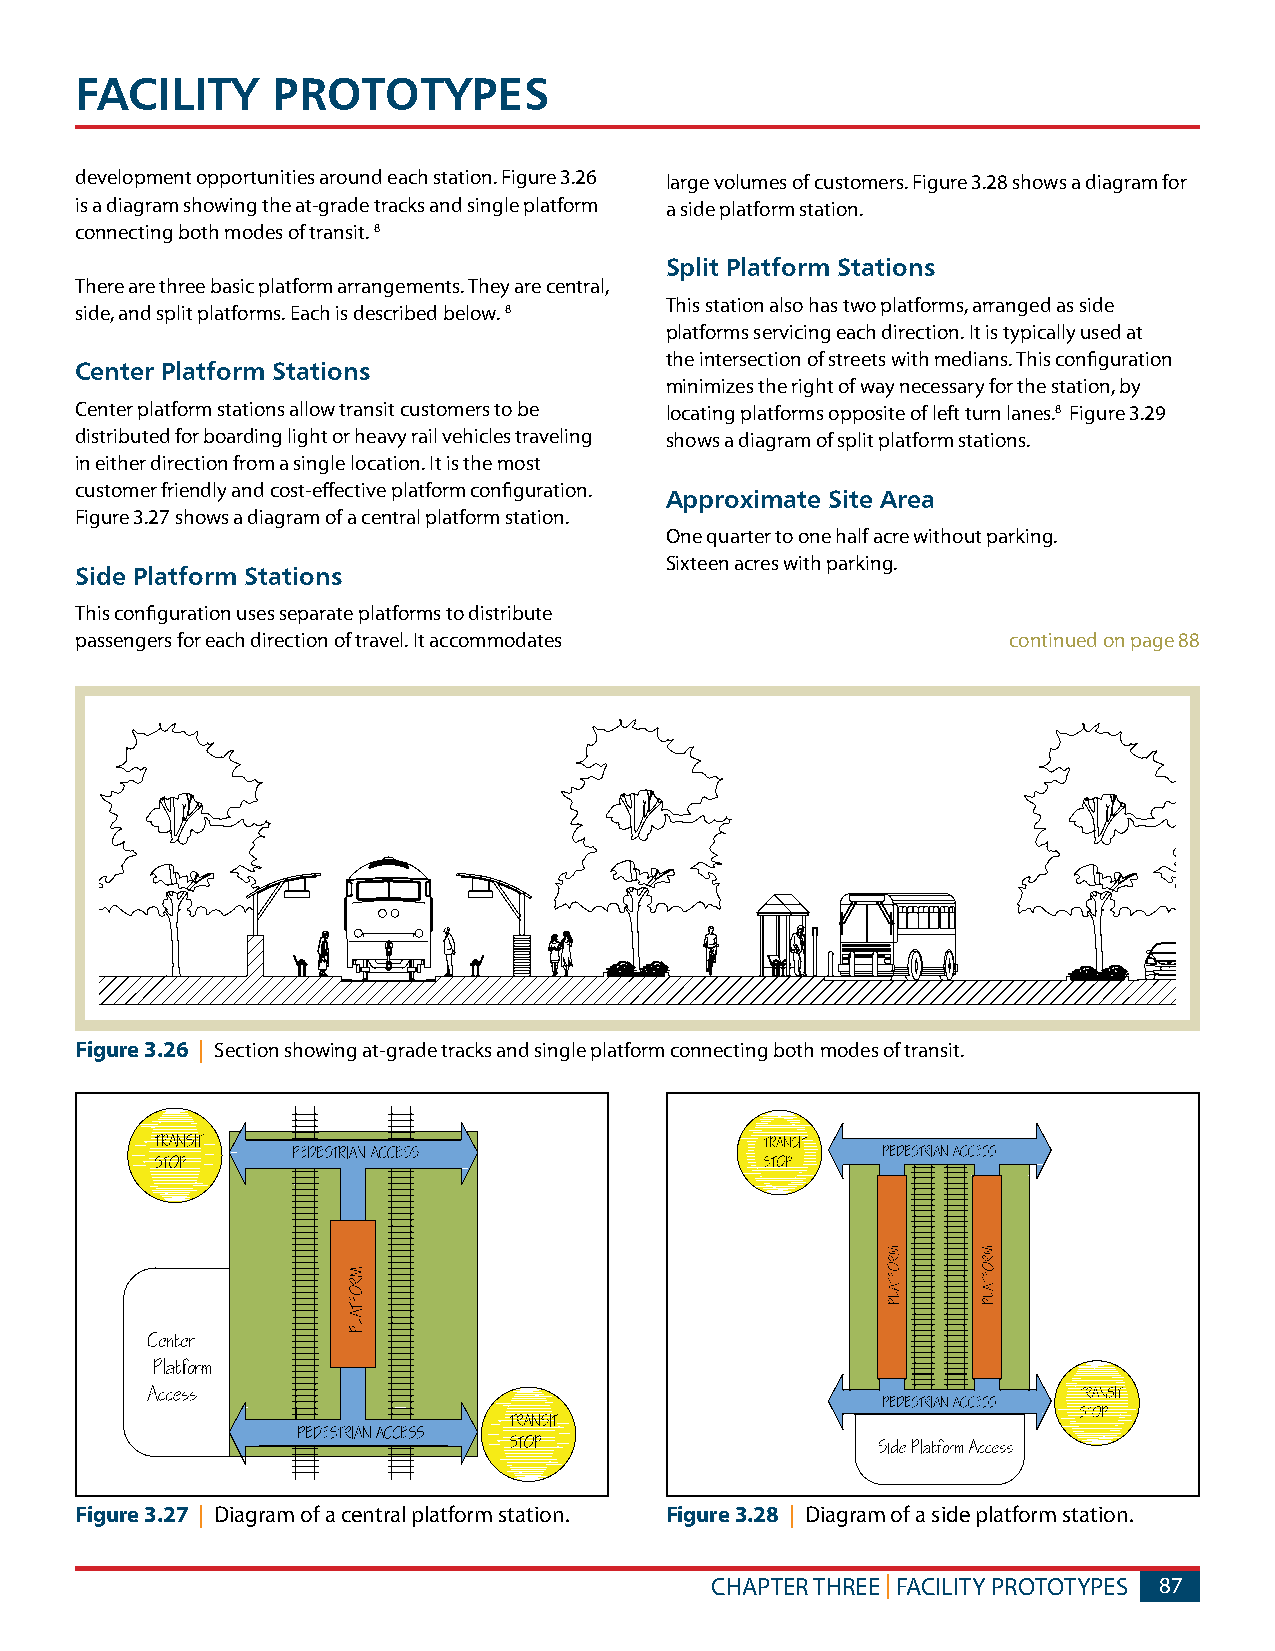
FACILITy     PROTOTyPES
 development opportunities around each station. Figure 3.26 large volumes of customers. Figure 3.28 shows a diagram for
 is a diagram showing the at-grade tracks and single platform a side platform station.
 connecting both modes of transit. 8
 Split Platform Stations
 There are three basic platform arrangements. They are central,
 This station also has two platforms, arranged as side
 side, and split platforms. Each is described below. 8
 platforms servicing each direction. It is typically used at
 the intersection of streets with medians. This configuration
 Center Platform Stations
 minimizes the right of way necessary for the station, by
 Center platform stations allow transit customers to be locating platforms opposite of left turn lanes.8 Figure 3.29
 distributed for boarding light or heavy rail vehicles traveling shows a diagram of split platform stations.
 in either direction from a single location. It is the most
 customer friendly and cost-effective platform configuration.
 Approximate Site Area
 Figure 3.27 shows a diagram of a central platform station.
 One quarter to one half acre without parking.
 Sixteen acres with parking.
 Side Platform Stations
 This configuration uses separate platforms to distribute
 passengers for each direction of travel. It accommodates      continued on page 88
 Figure 3.26 | Section showing at-grade tracks and single platform connecting both modes of transit.
 Figure 3.27 | Diagram of a central platform station. Figure 3.28 | Diagram of a side platform station.
 CHAPTER THREE | FACILITY PROTOTYPES 87